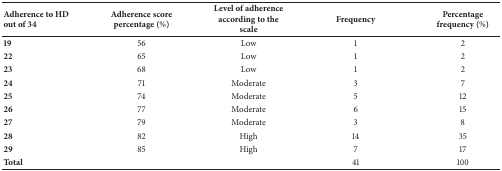
| Adherence to HD out of 34 | Adherence score percentage (%) | Level of adherence according to the scale | Frequency | Percentage frequency (%) |
 | --- | --- | --- | --- | --- |
 | 19 | 56 | Low | 1 | 2 |
 | 22 | 65 | Low | 1 | 2 |
 | 23 | 68 | Low | 1 | 2 |
 | 24 | 71 | Moderate | 3 | 7 |
 | 25 | 74 | Moderate | 5 | 12 |
 | 26 | 77 | Moderate | 6 | 15 |
 | 27 | 79 | Moderate | 3 | 8 |
 | 28 | 82 | High | 14 | 35 |
 | 29 | 85 | High | 7 | 17 |
 | Total |  |  | 41 | 100 |